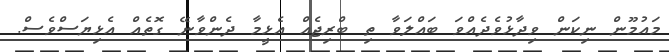
މައުމޫން ނިކަން ވިދާޅުވެދެއްވަ ބައްލަވާ ތި ބްރިޖެއް އެޅީމާ ދެންވާނޭ ގޮތެއް އެޅިޔަސްވެސް.